Annual report on the working of the mental hospitals in the Madras Presidency - 1912-1932
Year: 1912
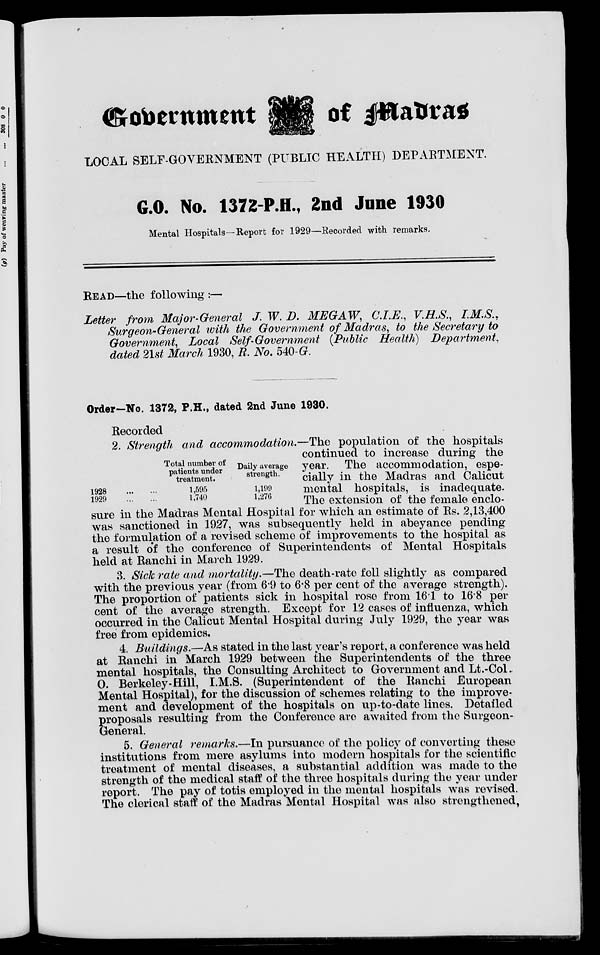
Government
of
Madras
LOCAL SELF-GOVERNMENT (PUBLIC HEALTH) DEPARTMENT.
G.O. No. 1372 PH., 2nd June 1930
Mental Hospitals—Report for 1929—Recorded with remarks.
READ—the following :—
Letter from Major-General J. W. D. MEGAW, C.I.E., V.H.S., I.M.S.,
Surgeon-General with the Government of Madras, to the Secretary to
Government, Local Self-Government (Public Health) Department,
dated 21st March 1930, R. No. 540-G.
Order—No. 1372, P.H., dated 2nd June 1930.
Recorded
1928
...
...
1929
...
...
Total number of
patients under
treatment.
1,595
1,740
Daily average
strength.
1,199
1,276
2. Strength and accommodation.—The population of the hospitals
continued to increase during the
year. The accommodation, espe-
cially in the Madras and Calicut
mental hospitals, is inadequate.
The extension of the female enclo-
sure in the Madras Mental Hospital for which an estimate of Rs. 2,13,400
was sanctioned in 1927, was subsequently held in abeyance pending
the formulation of a revised scheme of improvements to the hospital as
a result of the conference of Superintendents of Mental Hospitals
held at Ranchi in March 1929.
3. Sick rate and mortality.—The death-rate fell slightly as compared
with the previous year (from 6.9 to 6.8 per cent of the average strength).
The proportion of patients sick in hospital rose from 16.1 to 16.8 per
cent of the average strength. Except for 12 cases of influenza, which
occurred in the Calicut Mental Hospital during July 1929, the year was
free from epidemics.
4. Buildings.—As stated in the last year's report, a conference was held
at Ranchi in March 1929 between the Superintendents of the three
mental hospitals, the Consulting Architect to Government and Lt.-Col.
O. Berkeley-Hill, I.M.S. (Superintendent of the Ranchi European
Mental Hospital), for the discussion of schemes relating to the improve-
ment and development of the hospitals on up-to-date lines. Detailed
p roposals resulting from the Conference are awaited from the Surgeon-
General.
5. General remarks.—In pursuance of the policy of converting these
institutions from mere asylums into modern hospitals for the scientific
treatment of mental diseases, a substantial addition was made to the
strength of the medical staff of the three hospitals during the year under
report. The pay of totis employed in the mental hospitals was revised.
The clerical staff of the Madras Mental Hospital was also strengthened,